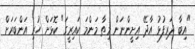
"އިބާ ދަރިފުޅު އާދޭ އިށީންނަން މިތާ މަންމަ ކައިރީގަ" ކޮޅަށް ހުރި އަންބަރަށް